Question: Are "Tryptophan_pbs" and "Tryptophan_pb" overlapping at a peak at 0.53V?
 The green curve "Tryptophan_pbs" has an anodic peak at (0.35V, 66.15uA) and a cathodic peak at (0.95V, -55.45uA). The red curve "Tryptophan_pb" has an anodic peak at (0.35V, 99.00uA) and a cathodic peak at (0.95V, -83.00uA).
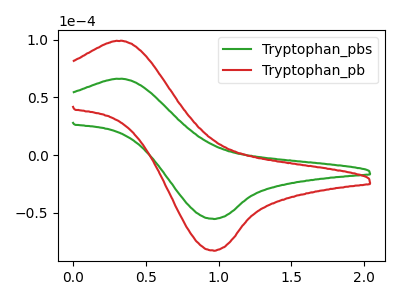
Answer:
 <answer>No, "Tryptophan_pbs" and "Tryptophan_pb" dont share a peak at 0.53V.</answer>
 <eval>mismatch</eval>